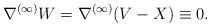
LaTeX: \begin{align*}\nabla^{(\infty)}W=\nabla^{(\infty)}(V-X)\equiv0.\end{align*}